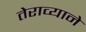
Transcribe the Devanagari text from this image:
तेराव्याने